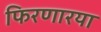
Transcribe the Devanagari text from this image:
फिरणारया